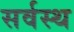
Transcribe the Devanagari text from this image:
सर्वस्थ